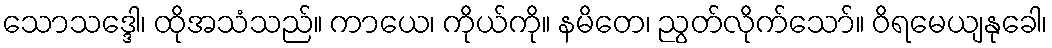
သောသဒ္ဒေါ၊ ထိုအသံသည်။ ကာယေ၊ ကိုယ်ကို။ နမိတေ၊ ညွတ်လိုက်သော်။ ဝိရမေယျနုခေါ၊